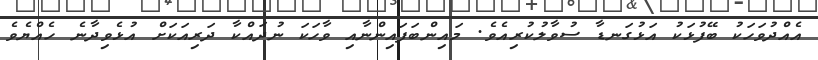
އެއްދުވަހަކު ބޭފުޅަކު އަޅުގަނޑާ ސުވާލުކުރިއެވެ. މައިންބަފައިންނާއި ވާހަކަ ނުދައްކާ ދަރިއަކަށް އުޅެވިދާނެ ހެއްޔެވެ